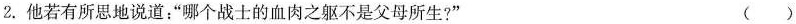
2.他若有所思地说道：”哪个战士的血肉之躯不是父母所生?” ( )